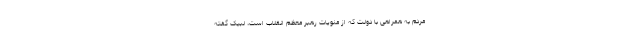
مردم به همراهی با دولت که از منویات رهبر معظم انقلاب است، لبیک گفته